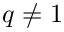
q \not = 1